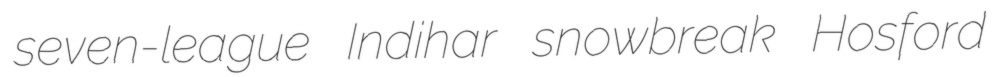
seven-league Indihar snowbreak Hosford